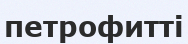
петрофитті